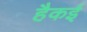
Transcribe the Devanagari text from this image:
हैकई